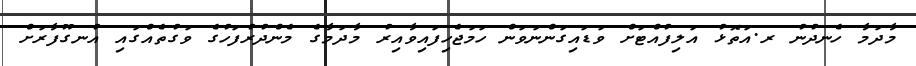
މާދަމާ ހެނދުނު ރ.އަތޮޅު އަލިފުއްޓަށް ވަޑައިގަންނަވަން ހަމަޖެހިފައިވާއިރު މާދަމާގެ މެންދުރުފަހުގެ ވަގުތެއްގައި އުނގޫފާރަށް